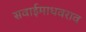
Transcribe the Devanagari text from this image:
सवाईमाधवराव